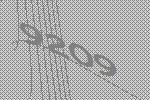
9209